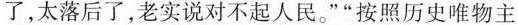
了，太落后了，老实说对不起人民。””按照历史唯物主